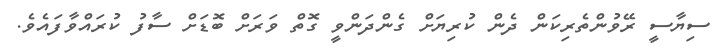
ސިޔާސީ ރޭވުންތެރިކަން ދެން ކުރިޔަށް ގެންދަންވީ ގޮތް ވަރަށް ބޮޑަށް ސާފު ކުރައްވާފައެވެ.